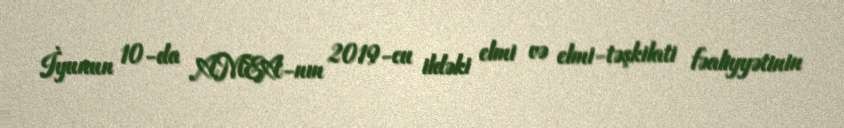
İyunun 10-da AMEA-nın 2019-cu ildəki elmi və elmi-təşkilati fəaliyyətinin